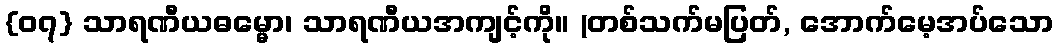
{၀၇} သာရဏီယဓမ္မော၊ သာရဏီယအကျင့်ကို။ (တစ်သက်မပြတ်, အောက်မေ့အပ်သော